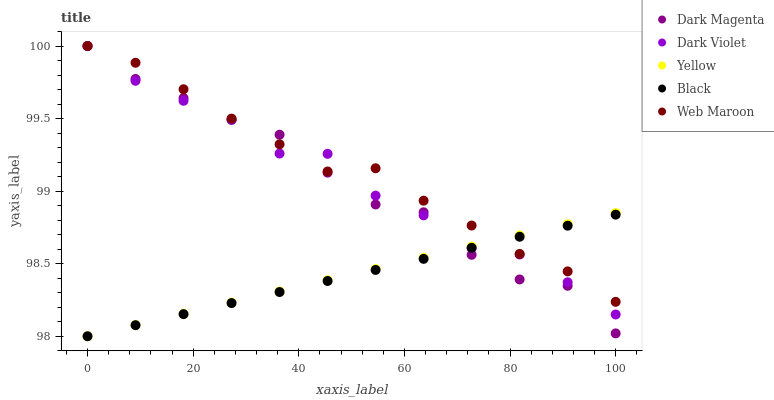
| xaxis_label | Dark Magenta | Dark Violet | Yellow | Black | Web Maroon |
 | --- | --- | --- | --- | --- | --- |
 | 0 | 100 | 100 | 98 | 98 | 100 |
 | 9.09 | 99.8 | 99.8 | 98.1 | 98.1 | 99.9 |
 | 18.2 | 99.6 | 99.6 | 98.2 | 98.2 | 99.7 |
 | 27.3 | 99.5 | 99.5 | 98.2 | 98.2 | 99.5 |
 | 36.4 | 99.4 | 99.3 | 98.3 | 98.3 | 99.3 |
 | 45.5 | 99.1 | 99.3 | 98.4 | 98.4 | 99.1 |
 | 54.5 | 98.9 | 99 | 98.5 | 98.5 | 99.2 |
 | 63.6 | 98.9 | 98.8 | 98.5 | 98.5 | 98.9 |
 | 72.7 | 98.6 | 98.6 | 98.6 | 98.6 | 98.8 |
 | 81.8 | 98.4 | 98.6 | 98.7 | 98.7 | 98.6 |
 | 90.9 | 98.3 | 98.4 | 98.8 | 98.8 | 98.4 |
 | 100 | 98 | 98.2 | 98.8 | 98.8 | 98.2 |